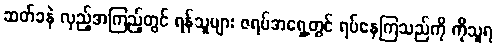
ဆတ်ခနဲ လှည့်အကြည့်တွင် ရန်သူများ ဇရပ်အရှေ့တွင် ရပ်နေကြသည်ကို ကိုသူရ